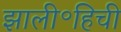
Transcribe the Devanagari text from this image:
झाली॰हिची